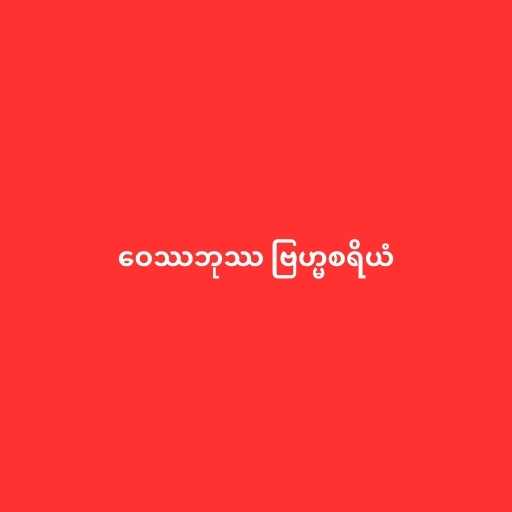
ဝေဿဘုဿ ဗြဟ္မစရိယံ